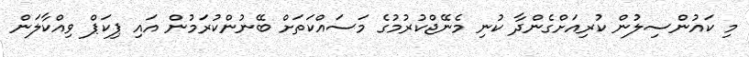
މި ކައުންސިލުން ކުރިއަށްގެންދާ ކުނި މެނޭޖްކުރުމުގެ މަސައްކަތަށް ބޭނުންކުރަމުން އައި ޕިކަޕް ވިއްކާލަން